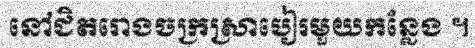
នៅជិតរោងចក្រស្រាបៀរមួយកន្លែង ។